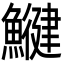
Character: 𩻥